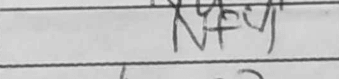
Transcription: Nf4